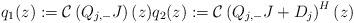
LaTeX: \begin{align*}q_1(z):=\mathcal{C}\left(Q_{j,-}J\right)(z) q_2(z):=\mathcal{C}\left(Q_{j,-}J+D_j\right)^H(z)\end{align*}